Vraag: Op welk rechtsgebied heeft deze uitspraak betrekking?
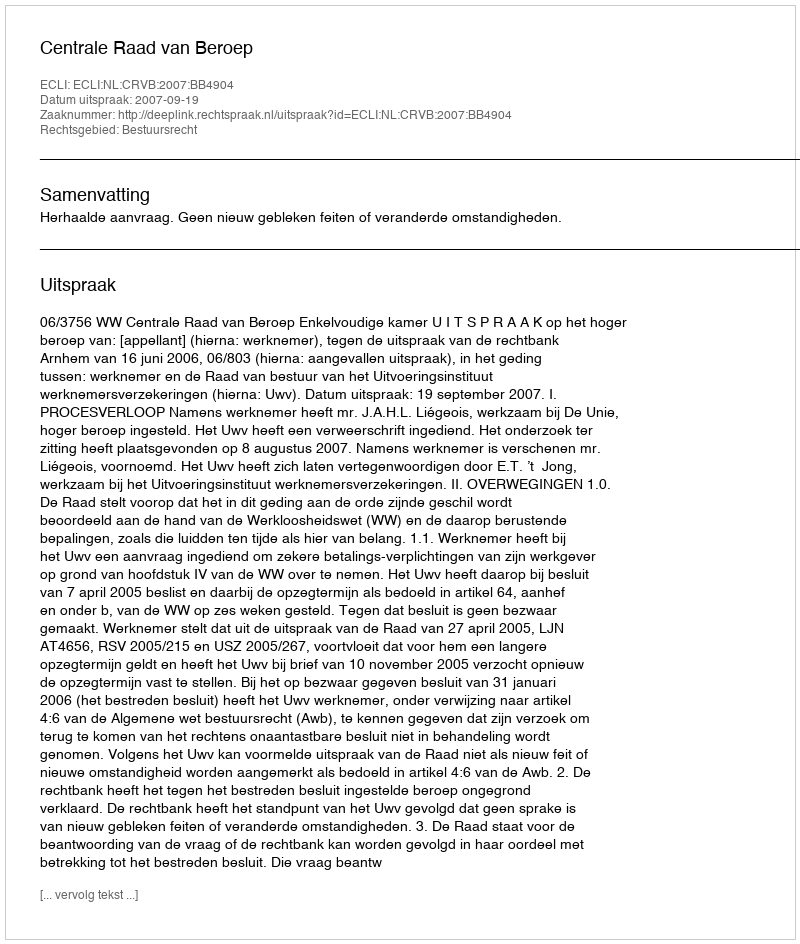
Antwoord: Bestuursrecht